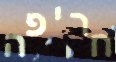
חריפה